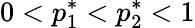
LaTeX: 0<p_{1}^{*}<p_{2}^{*}<1